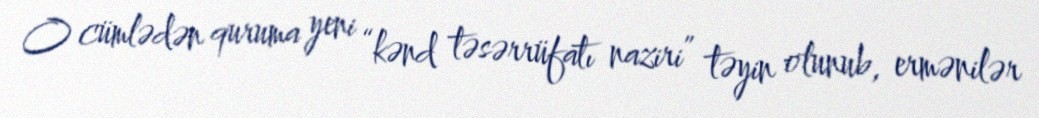
O cümlədən quruma yeni “kənd təsərrüfatı naziri” təyin olunub, ermənilər